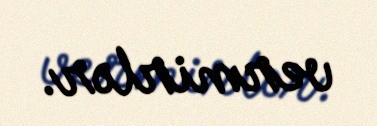
vermirlər.